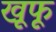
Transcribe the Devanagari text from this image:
खूफू